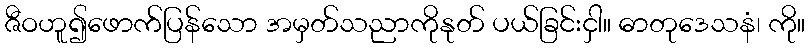
ဇီဝဟူ၍ဖောက်ပြန်သော အမှတ်သညာကိုနုတ် ပယ်ခြင်းငှါ။ ဓာတုဒေသနံ၊ ကို။